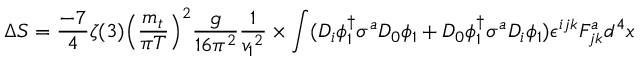
\Delta S = { \frac { - 7 } { 4 } } { \zeta ( 3 ) } { \left( \frac { m _ { t } } { \pi T } \right) ^ { 2 } } { \frac { g } { 1 6 { { \pi } ^ { 2 } } } } { \frac { 1 } { { v _ { 1 } } ^ { 2 } } } \times \int ( { \cal D } _ { i } \phi _ { 1 } ^ { \dagger } \sigma ^ { a } { \cal D } _ { 0 } \phi _ { 1 } + { \cal D } _ { 0 } \phi _ { 1 } ^ { \dagger } \sigma ^ { a } { \cal D } _ { i } \phi _ { 1 } ) \epsilon ^ { i j k } F _ { j k } ^ { a } d ^ { 4 } x